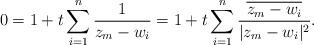
LaTeX: \begin{align*}0=1+t\sum_{i=1}^{n} \frac{1}{z_m-w_i}=1+t\sum_{i=1}^{n} \frac{\overline{z_m-w_i}}{|z_m-w_i|^2}.\end{align*}